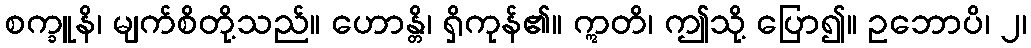
စက္ခူနိ၊ မျက်စိတို့သည်။ ဟောန္တိ၊ ရှိကုန်၏။ ဣတိ၊ ဤသို့ ပြော၍။ ဥဘောပိ၊ ၂၊